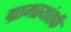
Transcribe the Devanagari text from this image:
ग्रामस्थांतर्फे